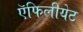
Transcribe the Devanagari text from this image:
ऍफिलीयेट